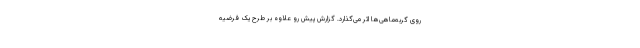
روی گربه‌ماهی‌ها اثر می‌گذارد. گزارش پیش رو علاوه بر طرح یک فرضیه